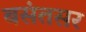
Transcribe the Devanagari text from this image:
बसंतसर